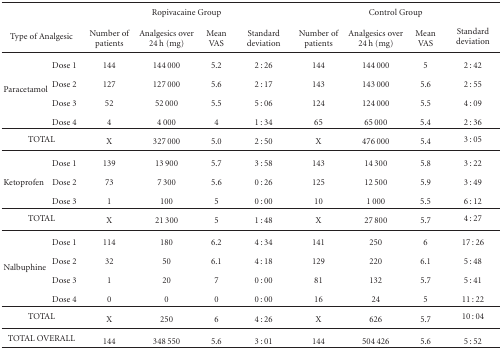
<table><thead><tr><td></td><td></td><td colspan="4"><b>Ropivacaine Group</b></td><td colspan="4"><b>Control Group</b></td></tr><tr><td colspan="2"><b>Type of Analgesic</b></td><td><b>Number of patients</b></td><td><b>Analgesics over 24 h (mg)</b></td><td><b>Mean VAS</b></td><td><b>Standard deviation</b></td><td><b>Number of patients</b></td><td><b>Analgesics over 24 h (mg)</b></td><td><b>Mean VAS</b></td><td><b>Standard deviation </b></td></tr></thead><tbody><tr><td></td><td> Dose 1</td><td>144</td><td>144 000</td><td>5.2</td><td>2 : 26</td><td>144</td><td>144 000</td><td>5</td><td>2 : 42</td></tr><tr><td rowspan="2">Paracetamol</td><td> Dose 2</td><td>127</td><td>127 000</td><td>5.6</td><td>2 : 17</td><td>143</td><td>143 000</td><td>5.6</td><td>2 : 55</td></tr><tr><td> Dose 3</td><td>52</td><td>52 000</td><td>5.5</td><td>5 : 06</td><td>124</td><td>124 000</td><td>5.5</td><td>4 : 09</td></tr><tr><td></td><td> Dose 4</td><td>4</td><td>4 000</td><td>4</td><td>1 : 34</td><td>65</td><td>65 000</td><td>5.4</td><td>2 : 36</td></tr><tr><td colspan="2">TOTAL</td><td>X</td><td>327 000</td><td>5.0</td><td>2 : 50</td><td>X</td><td>476 000</td><td>5.4</td><td>3 : 05</td></tr><tr><td></td><td> Dose 1</td><td>139</td><td>13 900</td><td>5.7</td><td>3 : 58</td><td>143</td><td>14 300</td><td>5.8</td><td>3 : 22</td></tr><tr><td>Ketoprofen</td><td> Dose 2</td><td>73</td><td>7 300</td><td>5.6</td><td>0 : 26</td><td>125</td><td>12 500</td><td>5.9</td><td>3 : 49</td></tr><tr><td></td><td> Dose 3</td><td>1</td><td>100</td><td>5</td><td>0 : 00</td><td>10</td><td>1 000</td><td>5.5</td><td>6 : 12</td></tr><tr><td colspan="2">TOTAL</td><td>X</td><td>21 300</td><td>5</td><td>1 : 48</td><td>X</td><td>27 800</td><td>5.7</td><td>4 : 27</td></tr><tr><td></td><td> Dose 1</td><td>114</td><td>180</td><td>6.2</td><td>4 : 34</td><td>141</td><td>250</td><td>6</td><td>17 : 26</td></tr><tr><td rowspan="2">Nalbuphine</td><td> Dose 2</td><td>32</td><td>50</td><td>6.1</td><td>4 : 18</td><td>129</td><td>220</td><td>6.1</td><td>5 : 48</td></tr><tr><td> Dose 3</td><td>1</td><td>20</td><td>7</td><td>0 : 00</td><td>81</td><td>132</td><td>5.7</td><td>5 : 41</td></tr><tr><td></td><td> Dose 4</td><td>0</td><td>0</td><td>0</td><td>0 : 00</td><td>16</td><td>24</td><td>5</td><td>11 : 22</td></tr><tr><td colspan="2">TOTAL</td><td>X</td><td>250</td><td>6</td><td>4 : 26</td><td>X</td><td>626</td><td>5.7</td><td>10 : 04</td></tr><tr><td colspan="2">TOTAL OVERALL</td><td> 144</td><td>348 550</td><td>5.6</td><td>3 : 01</td><td>144</td><td>504 426</td><td>5.6</td><td>5 : 52</td></tr></tbody></table>